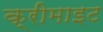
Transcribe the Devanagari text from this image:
क्रीमाइट